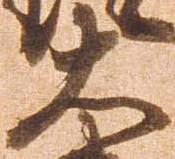
大